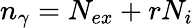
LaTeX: n_{\gamma}=N_{ex}+rN_{i}